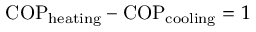
\mathrm { C O P } _ { \mathrm { h e a t i n g } } - \mathrm { C O P } _ { \mathrm { c o o l i n g } } = 1